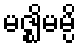
မဇ္ဈိမမ္ပိ